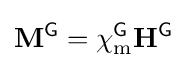
\mathbf {M} ^{\textsf {G}}=\chi _{\text{m}}^{\textsf {G}}\mathbf {H} ^{\textsf {G}}